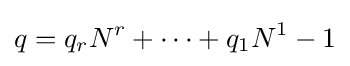
q=q_{r}N^{r}+\dots +q_{1}N^{1}-1